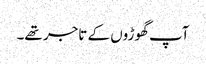
آپ گھوڑوں کے تاجر تھے۔